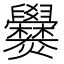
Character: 𬋡